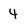
Character: 4